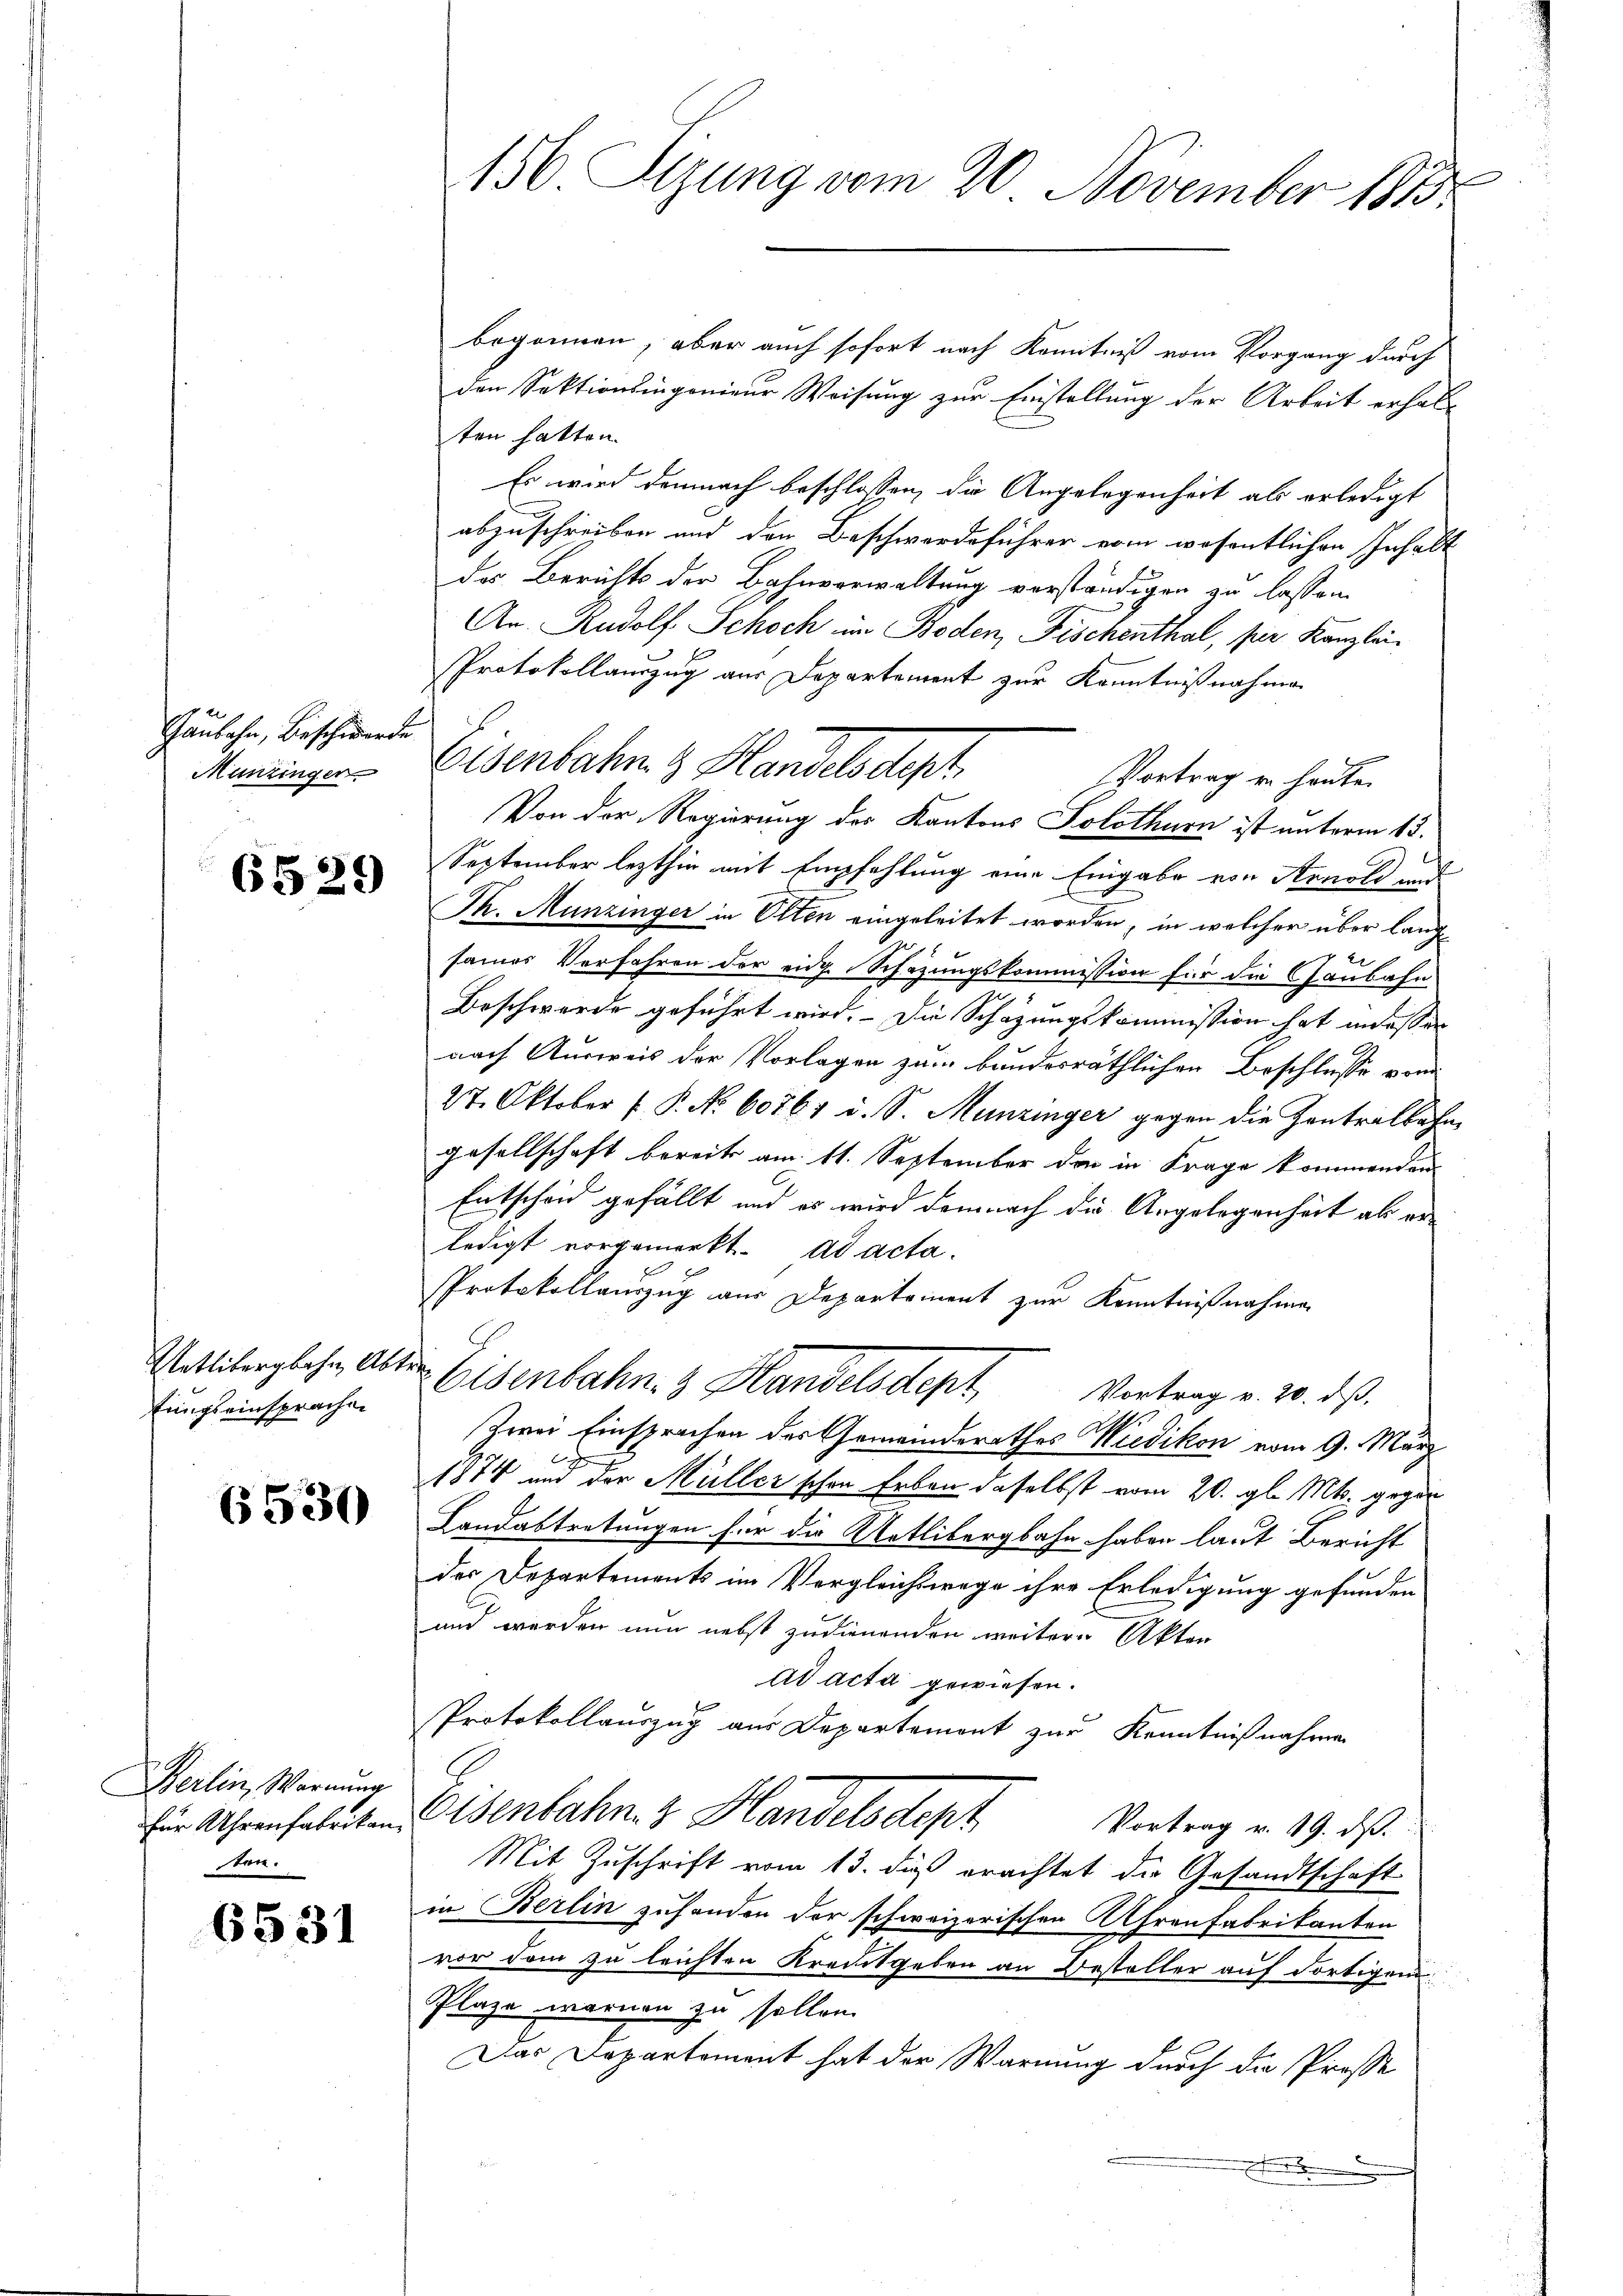
Gaubahn, Beschwerde
Munzinger

6529

lunigseinsprachen

6530

Berlin, Warnung
für Uhrenfabrikan
ten.

6531

150. Stung vom 20. November 1813.

begonnen, aber auch sofort nach Kenntniß vom Vorgang durch
den Sektionsingenieur Weisung zur Einstellung der Arbeit erhalt
ten hatten.
Es wird demnach beschlossen, die Angelegenheit als erledigt
abzuschreiben und den Beschwerdeführer vom wesentlichen Inhalt
der Berichts der Bahnverwaltung verständigen zu lassen.
An. Rudolf Schoch im Boden, Fischenthal, per Kanzlei¬
Protokollauszug aus Departement zur Kenntnißnahme
Vortrag u. heute.
September lezthin mit Empfehlung eine Eingabe von Arnold und
Th. Munzinger in Olten eingeleitet worden, in welcher über lange
e
Ehler von deren
sames Verfahren der eidg. Schazungskommission für die Chaubahn
Beschwerde geführt wird. - Die Schazungskommission hat in dessen
nach Ausweis der Vorlagen zum bundesräthlichen Beschlusse von
27. Oktober f. P. No 60761 d. S. Munzinger gegen die Zentralbahn
gesellschaft bereits am 11. September der in Frage kommenden
Entscheid gefällt, und es wird demnach die Angelegenheit als erledigt vorgemerkt. ad acta.
Protokollauszug aus Departement zur Kenntnißnahme
Uetliberglehen alter Eisenbahn. Handelsdept, Vortrag v. 20. ds.
Zwei Einsprachen des Gemeinderathes Wiedikon vom 9. März
1874 und der Müller schon Erben daselbst vom 20. gl. Mts. gegen
Landabtretungen für die Uetlibergbahn haben laut Bericht
der Departements im Vergleichswege ihre Erledigung gefunden
und werden nun nebst zudienenden weiter Akten
ad acta gewiesen.
Protokollauszug aus Departemont zur Kenntnißnahme
Eisenbahn & Handelsdept
Vortrag v. 19. ds.
Mit Zuschrift vom 13. dieß erachtet die Gesandtschaft
in Berlin zuhanden der schweizerischen Uhrenfabrikanten
vor dem zu leichten Kreditgeben an Besteller auf dortigen
Plaze warmen zu sollen.
Das Departement hat der Warnung durch die Prosse

Eisenbahn & Handelsdept

Von der Regierung des Kantons Solothurn ist unterm 13.